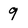
Character: 9